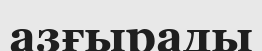
азғырады